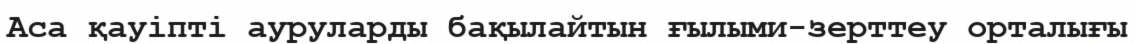
Аса қауіпті ауруларды бақылайтын ғылыми-зерттеу орталығы